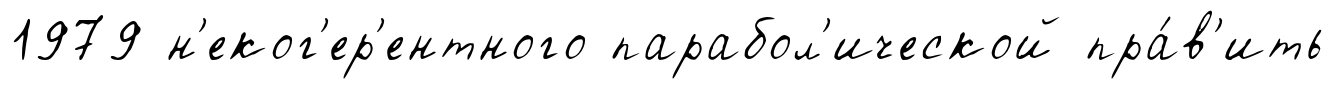
1979 н'еког'ер'ентного парабол'ической пра́в'ить